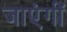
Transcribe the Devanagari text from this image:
जाएंगीं